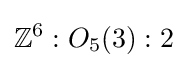
\mathbb {Z} ^{6}:O_{5}(3):2